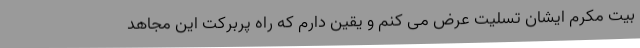
بیت مکرم ایشان تسلیت عرض می کنم و یقین دارم که راه پربرکت این مجاهد